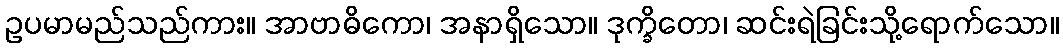
ဥပမာမည်သည်ကား။ အာဗာဓိကော၊ အနာရှိသော။ ဒုက္ခိတော၊ ဆင်းရဲခြင်းသို့ရောက်သော။